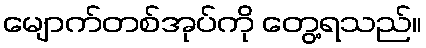
မျောက်တစ်အုပ်ကို တွေ့ရသည်။